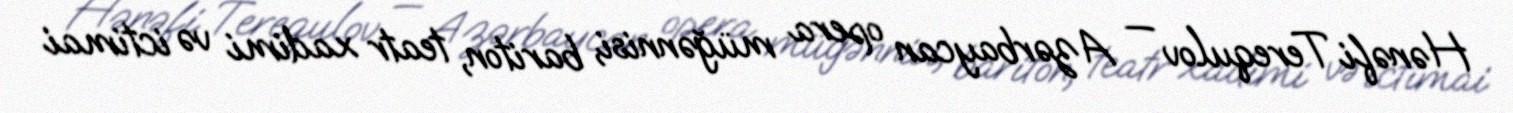
Hənəfi Terequlov — Azərbaycan opera müğənnisi, bariton, teatr xadimi və ictimai